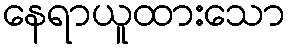
နေရာယူထားသော